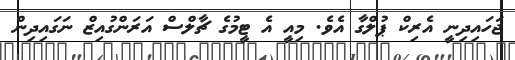
ޖަހައިދިނީ އެރިކް ޕުލްގާ އެވެ. މިއީ އެ ޓީމުގެ ޗާލްސް އަރަންގުއިޒް ނަގައިދިން